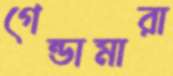
গেন্ডামারা